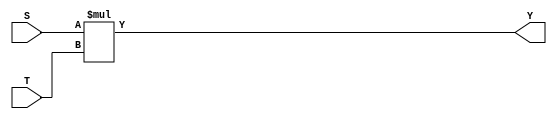
`timescale 1ns / 1ps
/****************************** C E C S  4 4 0 ******************************
 * 
 * Project:    Lab_Assignment_1
 * Designer:   Chanartip Soonthornwan, Jonathan Shihata
 * Rev. No.:   Version 1.0
 * Rev. Date:  Current Rev. Date 9/3/2017
 *
 * Purpose:    Multiply two 32-bit inputs and return a 64-bit results.
 *             
 * Notes:      Two inputs are needed to be casted as integers before
 *             being operated.
 *
 ****************************************************************************/
module MPY_32(S, T, Y);
   
   input      [31:0] S, T;       // 32-bit inputs
   output reg [63:0]    Y;       // 64-bit result
   
   integer   int_s, int_t;       // integer for each inputs
   
   // Cast S and T into integers
   always@(*) begin
      int_s <= S;
      int_t <= T;
   end
   
   // Multiply the two integers
   always@(*)   
      Y = int_s * int_t;    
                       
endmodule